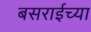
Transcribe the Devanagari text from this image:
बसराईच्या